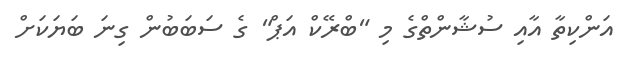
އަންކިތާ އާއި ސުޝާންތްގެ މި "ބްރޭކް އަޕް" ގެ ސަބަބުން ގިނަ ބަޔަކަށް